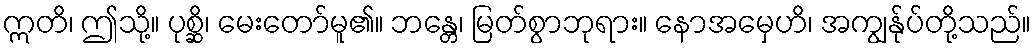
ဣတိ၊ ဤသို့။ ပုစ္ဆိ၊ မေးတော်မူ၏။ ဘန္တေ၊ မြတ်စွာဘုရား။ နောအမှေဟိ၊ အကျွန်ုပ်တို့သည်။